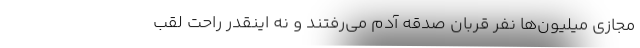
مجازی میلیون‌ها نفر قربان صدقه آدم می‌رفتند و نه اینقدر راحت لقب